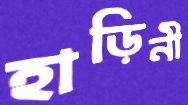
হাড়িনী